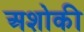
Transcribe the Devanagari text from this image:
अशोकी